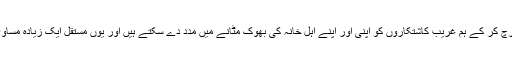
آزمودہ حلوں پر نسبتاً کم پیسہ خرچ کر کے ہم غریب کاشتکاروں کو اپنی اور اپنے اہل خانہ کی بھوک مٹانے میں مدد دے سکتے ہیں اور یوں مستقل ایک زیادہ مساوی دنیا کی کہانی لکھ سکتے ہیں۔